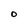
Character: O